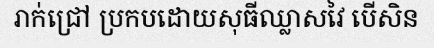
រាក់ជ្រៅ ប្រកបដោយសុធីឈ្លាសវៃ បើសិន